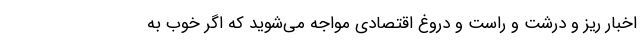
اخبار ریز و درشت و راست و دروغ اقتصادی مواجه می‌شوید که اگر خوب به